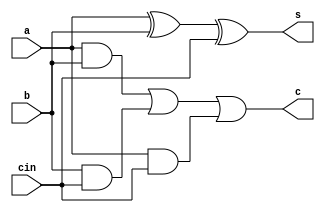
module full_adder_behav(a,b,cin,s,c);

input a,b,cin;
output s,c;    
reg s,c;

always@(a,b,cin)
  begin
    s=a^b^cin;
    c=(a&b)|(b&cin)|(a&cin);
  end
  
endmodule